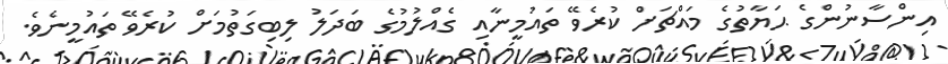
އިންސާނުންގެ ޙަޔާތުގެ މައްޗަށް ކުރެވޭ ތައުމީނާއި ގެއްލުމުގެ ބަދަލު ލިބިގަތުމަށް ކުރެވޭ ތައުމީނެވެ.